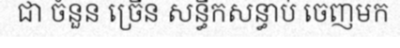
ជា ចំនួន ច្រើន សន្ធឹកសន្ធាប់ ចេញមក